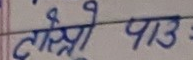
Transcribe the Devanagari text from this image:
दोस्रो पाठ: